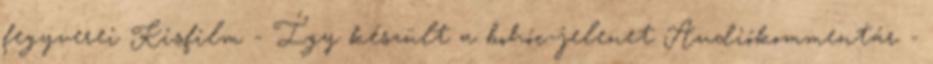
fegyverei Kisfilm - Így készült a bohóc-jelenet Audiókommentár -